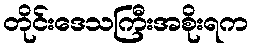
တိုင်းဒေသကြီးအစိုးရက